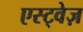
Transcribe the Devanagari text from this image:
एस्ट्वेज़